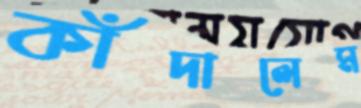
কাঁদালেম